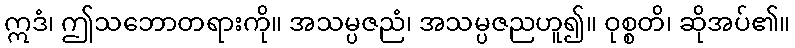
ဣဒံ၊ ဤသဘောတရားကို။ အသမ္ပဇညံ၊ အသမ္ပဇညဟူ၍။ ဝုစ္စတိ၊ ဆိုအပ်၏။